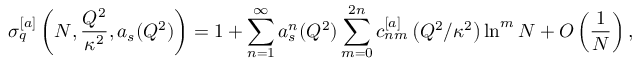
{ \sigma } _ { q } ^ { [ a ] } \left( N , \frac { Q ^ { 2 } } { \kappa ^ { 2 } } , a _ { s } ( Q ^ { 2 } ) \right) = 1 + \sum _ { n = 1 } ^ { \infty } a _ { s } ^ { n } ( Q ^ { 2 } ) \sum _ { m = 0 } ^ { 2 n } c _ { n m } ^ { [ a ] } \left( { Q ^ { 2 } } / { \kappa ^ { 2 } } \right) \ln ^ { m } N + O \left( \frac { 1 } { N } \right) ,